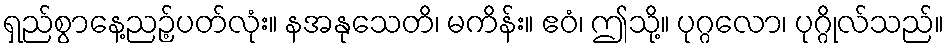
ရှည်စွာနေ့ညဉ့်ပတ်လုံး။ နအနုသေတိ၊ မကိန်း။ ဧဝံ၊ ဤသို့။ ပုဂ္ဂလော၊ ပုဂ္ဂိုလ်သည်။